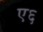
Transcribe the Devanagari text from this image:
ए६